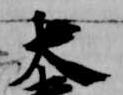
大